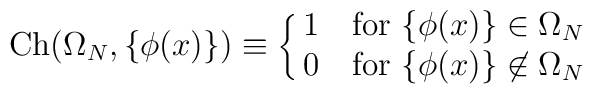
{\rm Ch} (\Omega_N, \left\{ \phi (x) \right\})  \equiv\cases{1 & for $ \left\{ \phi (x) \right\}  \in \Omega_N $ \cr0 & for $ \left\{ \phi (x) \right\}  \not\in \Omega_N $}